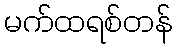
မက်ထရစ်တန်